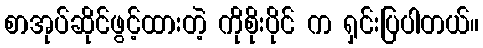
စာအုပ်ဆိုင်ဖွင့်ထားတဲ့ ကိုစိုးပိုင် က ရှင်းပြပါတယ်။